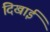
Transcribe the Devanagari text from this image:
दिखार्इ